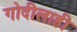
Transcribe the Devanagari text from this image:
गोदीलाही